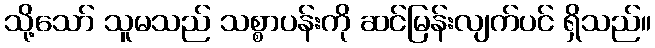
သို့သော် သူမသည် သစ္စာပန်းကို ဆင်မြန်းလျက်ပင် ရှိသည်။